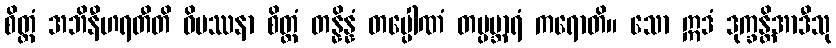
စိတ္တံ အဘိနီဟရတီတိ ဝိပဿနာ စိတ္တံ တန္နိန္နံ တပ္ပေါဏံ တပ္ပဗ္ဘာရံ ကရောတိ။ သော ဣဒံ ဒုက္ခန္တိအာဒီသု